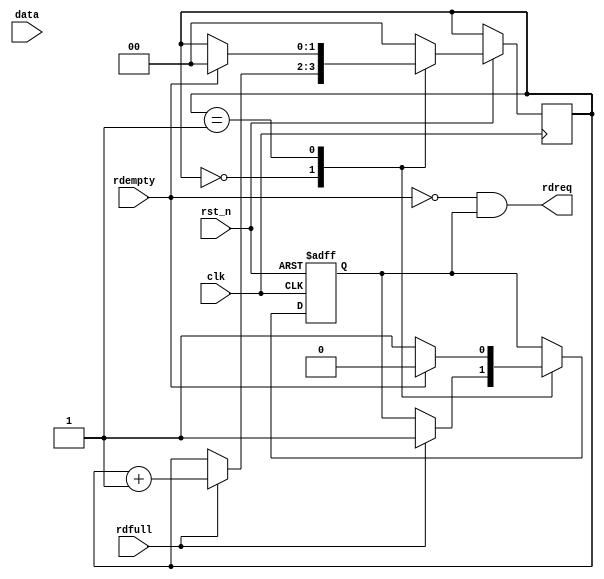
module fifo_rd(
    input           clk,
    input           rst_n,
    input   [7:0]   data,                   //
    input           rdfull,                 //
    input           rdempty,                //
    output          rdreq                   //
);

reg         rdreq_t;                        //
reg [7:0]   data_fifo;                      //
reg [1:0]   flow_cnt/*systhesis preserve*/; //

assign rdreq = ~rdempty & rdreq_t;

always @(posedge clk or negedge rst_n) begin
    if(!rst_n) begin
        rdreq_t <= 1'b0;
        data_fifo <= 8'd0;
    end
    else begin
        case(flow_cnt)                      //
            2'd0: begin                     //
                if(rdfull) begin            //fifo1
                    rdreq_t <= 1'b1;
                    flow_cnt <= flow_cnt + 1'b1;
                end
                else
                    flow_cnt <= flow_cnt;   //
            end
            2'd1: begin                     //
                if(rdempty) begin           //0
                    rdreq_t <= 1'b0;
                    data_fifo <= 8'd0;
                    flow_cnt <= 2'd0;
                end
                else begin                  //1
                    rdreq_t <= 1'b1;
                    data_fifo <= data;
                end
            end
            default: flow_cnt <= 2'd0;
        endcase
    end
end

endmodule